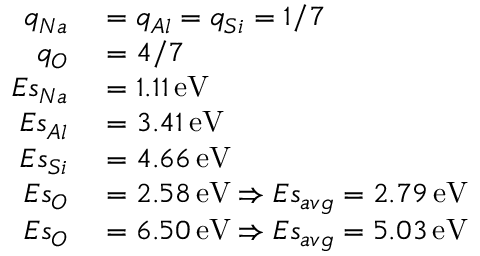
\begin{array} { r l } { q _ { N a } } & { { } = q _ { A l } = q _ { S i } = 1 / 7 } \\ { q _ { O } } & { { } = 4 / 7 } \\ { E s _ { N a } } & { { } = 1 . 1 1 \, \mathrm { e V } } \\ { E s _ { A l } } & { { } = 3 . 4 1 \, \mathrm { e V } } \\ { E s _ { S i } } & { { } = 4 . 6 6 \, \mathrm { e V } } \\ { E s _ { O } } & { { } = 2 . 5 8 \, \mathrm { e V } \Rightarrow E s _ { a v g } = 2 . 7 9 \, \mathrm { e V } } \\ { E s _ { O } } & { { } = 6 . 5 0 \, \mathrm { e V } \Rightarrow E s _ { a v g } = 5 . 0 3 \, \mathrm { e V } } \end{array}